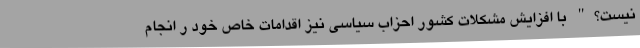
نیست؟" با افزایش مشکلات کشور احزاب سیاسی نیز اقدامات خاص خود ر انجام